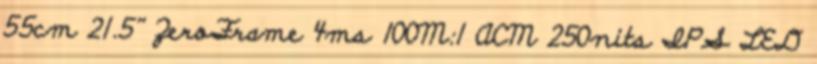
55cm 21.5'' ZeroFrame 4ms 100M:1 ACM 250nits IPS LED